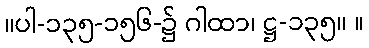
။ပါ-၁၃၅-၁၅၆-၌ ဂါထာ၊ ဋ္ဌ-၁၃၅။ ။